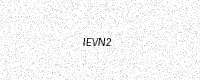
Text: IEVN2